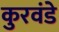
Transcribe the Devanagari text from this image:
कुरवंडे